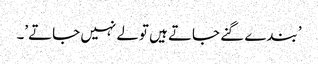
’ بندے گنے جاتے ہیں تولے نہیں جاتے’۔